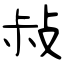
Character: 敊